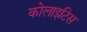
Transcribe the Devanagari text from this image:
कोलाइटिस